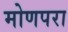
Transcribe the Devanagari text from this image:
मोणपरा